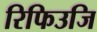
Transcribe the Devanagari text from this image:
रिफिउजि